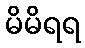
မိမိရရ